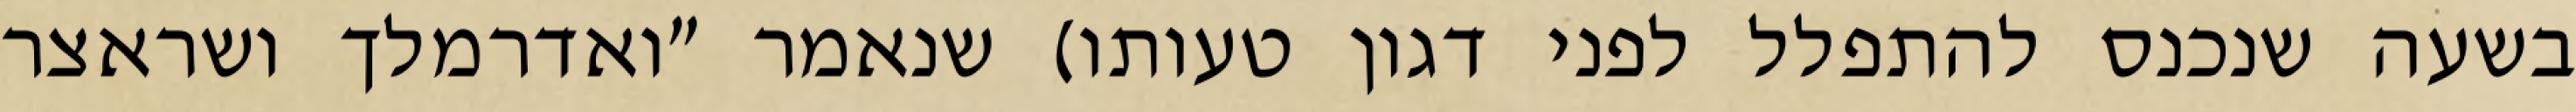
בשעה שנכנס להתפלל לפני דגון טעותו) שנאמר "ואדרמלך ושראצר